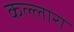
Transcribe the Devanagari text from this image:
कल्लारा